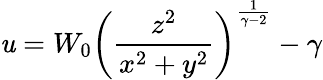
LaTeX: \mathit{u}=W_{0}\left({\frac{{z^{2}}}{{x^{2}+y^{2}}}}\right)^{\frac{{1}}{{\gamma-2}}}-\gamma